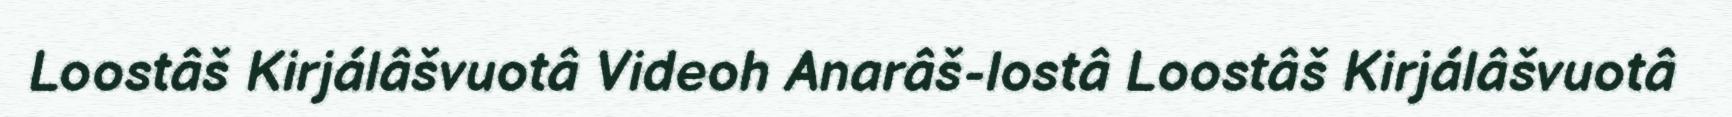
Loostâš Kirjálâšvuotâ Videoh Anarâš-lostâ Loostâš Kirjálâšvuotâ